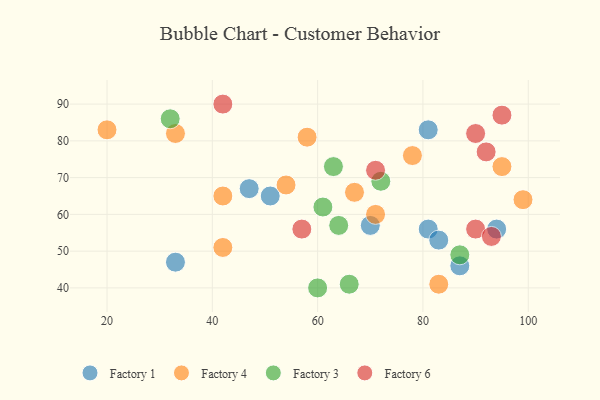
{"axis": {"x": "GDP", "y": "Life Expectancy"}, "legend": ["Factory 1", "Factory 3", "Factory 4", "Factory 6"], "data": [{"x": "70", "y": 57, "type": "Factory 1"}, {"x": "81", "y": 83, "type": "Factory 1"}, {"x": "51", "y": 65, "type": "Factory 1"}, {"x": "87", "y": 46, "type": "Factory 1"}, {"x": "81", "y": 56, "type": "Factory 1"}, {"x": "33", "y": 47, "type": "Factory 1"}, {"x": "83", "y": 53, "type": "Factory 1"}, {"x": "94", "y": 56, "type": "Factory 1"}, {"x": "47", "y": 67, "type": "Factory 1"}, {"x": "99", "y": 64, "type": "Factory 4"}, {"x": "71", "y": 60, "type": "Factory 4"}, {"x": "54", "y": 68, "type": "Factory 4"}, {"x": "42", "y": 65, "type": "Factory 4"}, {"x": "83", "y": 41, "type": "Factory 4"}, {"x": "33", "y": 82, "type": "Factory 4"}, {"x": "67", "y": 66, "type": "Factory 4"}, {"x": "42", "y": 51, "type": "Factory 4"}, {"x": "58", "y": 81, "type": "Factory 4"}, {"x": "78", "y": 76, "type": "Factory 4"}, {"x": "20", "y": 83, "type": "Factory 4"}, {"x": "95", "y": 73, "type": "Factory 4"}, {"x": "87", "y": 49, "type": "Factory 3"}, {"x": "60", "y": 40, "type": "Factory 3"}, {"x": "32", "y": 86, "type": "Factory 3"}, {"x": "61", "y": 62, "type": "Factory 3"}, {"x": "63", "y": 73, "type": "Factory 3"}, {"x": "72", "y": 69, "type": "Factory 3"}, {"x": "66", "y": 41, "type": "Factory 3"}, {"x": "64", "y": 57, "type": "Factory 3"}, {"x": "90", "y": 56, "type": "Factory 6"}, {"x": "92", "y": 77, "type": "Factory 6"}, {"x": "57", "y": 56, "type": "Factory 6"}, {"x": "90", "y": 82, "type": "Factory 6"}, {"x": "71", "y": 72, "type": "Factory 6"}, {"x": "42", "y": 90, "type": "Factory 6"}, {"x": "93", "y": 54, "type": "Factory 6"}, {"x": "95", "y": 87, "type": "Factory 6"}]}